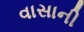
વાસાની